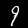
Label: 9